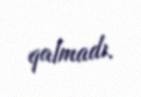
qalmadı.